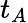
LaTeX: t_{A}